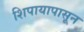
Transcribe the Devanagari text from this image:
शिपायापासून